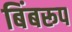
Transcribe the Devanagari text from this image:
बिंबरूप